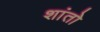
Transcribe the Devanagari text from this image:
शांतो